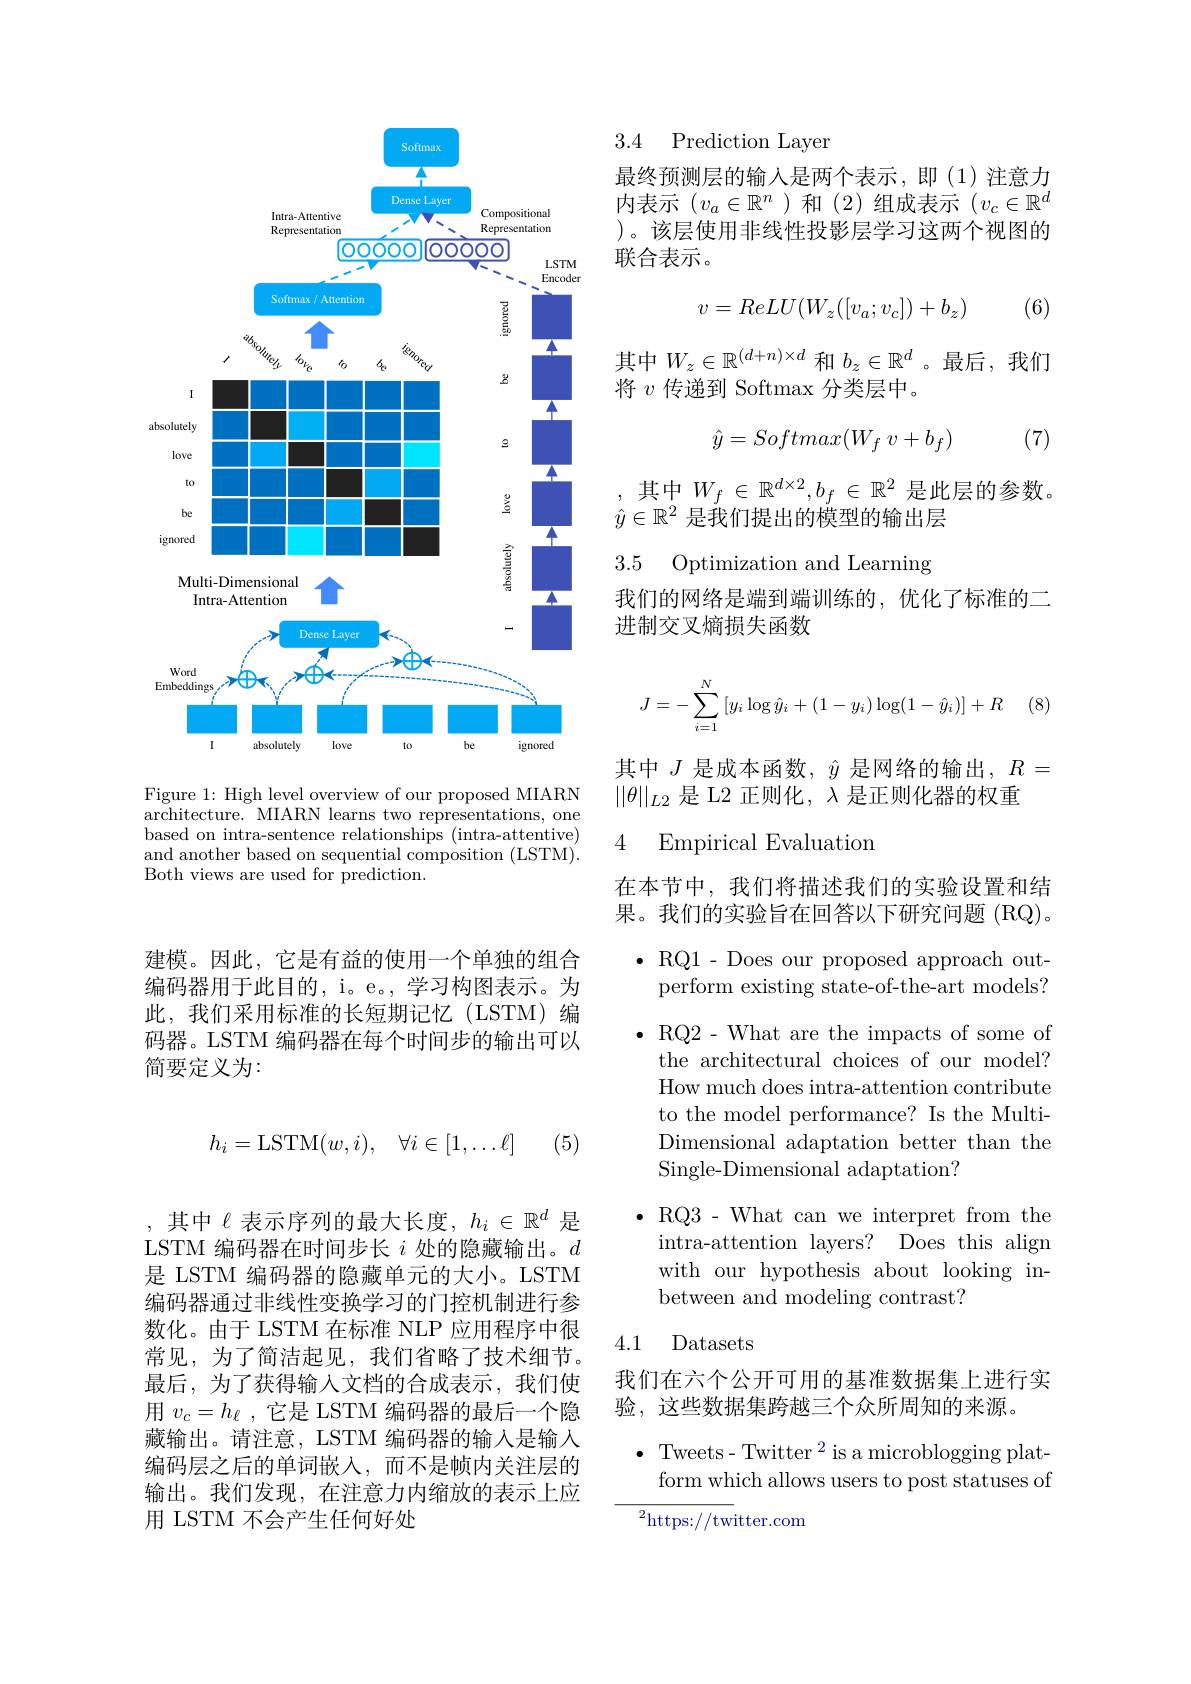
建模。因此，它是有益的使用一个单独的组合编码器用于此目的，i。e。, 学习构图表示。为此，我们采用标准的长短期记忆(LSTM)编码器。LSTM 编码器在每个时间步的输出可以简要定义为：
$$h_i=\mathrm{LSTM}(w,i),\quad\forall i\in[1,\dots\ell]$$
(5)

,其中$\ell$表示序列的最大长度$,h_i\in\mathbb{R}^d$是LSTM 编码器在时间步长$i$处的隐藏输出。$d$ 是 LSTM 编码器的隐藏单元的大小。LSTM 编码器通过非线性变换学习的门控机制进行参数化。由于 LSTM 在标准 NLP 应用程序中很常见，为了简洁起见，我们省略了技术细节。最后，为了获得输入文档的合成表示，我们使用$v_c=h_\ell$ ,它是 LSTM 编码器的最后一个隐藏输出。请注意，LSTM 编码器的输入是输入编码层之后的单词嵌入，而不是帧内关注层的输出。我们发现，在注意力内缩放的表示上应用 LSTM 不会产生任何好处

3.4 Prediction Laver

<FigureHere>
Figure 1: High level overview of our proposed MIARN

3.5 Optimization and Learning

architecture. MIARN learns two representations, one based on intra-sentence relationships (intra-attentive) and another based on sequential composition (LSTM)'. Both views are used for prediction.

最终预测层的输入是两个表示，即(1)注意力内表示$(v_a\in\mathbb{R}^n$ )和 (2)组成表示$(v_c\in\mathbb{R}^d$ )。该层使用非线性投影层学习这两个视图的联合表示。

(6)
$$v=ReLU(W_z([v_a;v_c])+b_z)$$
其中$W_z\in\mathbb{R}^{(d+n)\times d}$ 和 $b_z\in\mathbb{R}^d$ 。最后，我们
将$v$传递到 Softmax 分类层中。

(7)
$$\hat{y}=Softmax(W_f\:v+b_f)$$
,其中$W_f\in\mathbb{R}^d\times2,b_f\in\mathbb{R}^2$是此层的参数。
$\hat{y}\in\mathbb{R}^2$是我们提出的模型的输出层

我们的网络是端到端训练的，优化了标准的二
进制交叉熵损失函数
$$J=-\sum_{i=1}^N\left[y_i\log\hat{y}_i+(1-y_i)\log(1-\hat{y}_i)\right]+R$$
(8)

其中$J$是成本函数，$\hat{y}$是网络的输出$,R=$
$||\theta||_{L2}$是 L2 正则化，$\lambda$是正则化器的权重

### 4 Empirical Evaluation

在本节中，我们将描述我们的实验设置和结果。我们的实验旨在回答以下研究问题(RQ)。

$\bullet$RQ1- Does our proposed approach out-
perform existing state-of-the-art models?

$\bullet$RQ2- What are the impacts of some of
the architectural choices of our model? How much does intra-attention contribute to the model performance? Is the MultiDimensional adaptation better than the Single-Dimensional adaptation?

$\bullet$ RQ3 - What can we interpret from the
intra-attention layers? Does this align with our hypothesis about looking inbetween and modeling contrast?

4.1

Datasets

我们在六个公开可用的基准数据集上进行实
验，这些数据集跨越三个众所周知的来源。

$\bullet$ Tweets- Twitter $^2$ is a microblogging platform which allows users to post statuses of

${{{^{2}}\mathrm{https://tw}}}$itter.com